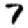
Digit: 7